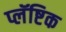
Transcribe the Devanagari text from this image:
प्लॅष्टिक